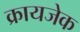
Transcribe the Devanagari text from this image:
क्रायजेक